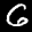
Label: 6